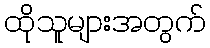
ထိုသူများအတွက်